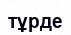
тұрде